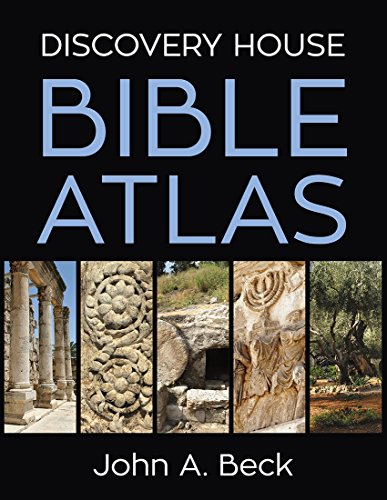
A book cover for Discovery House Bible Atlas; John A. Beck; Christian Books & Bibles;